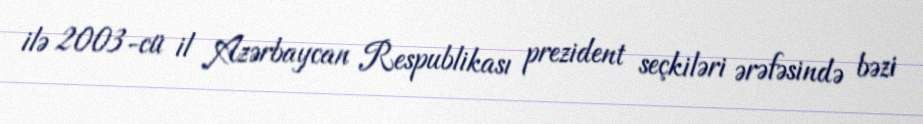
ilə 2003-cü il Azərbaycan Respublikası prezident seçkiləri ərəfəsində bəzi